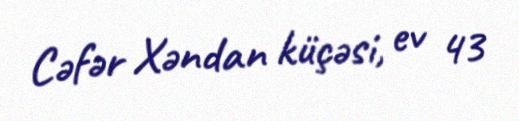
Cəfər Xəndan küçəsi, ev 43